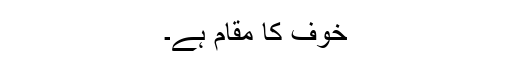
خوف کا مقام ہے۔